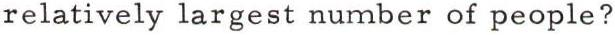
relatively largest number of people?